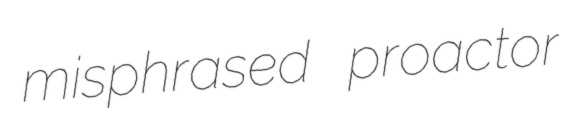
misphrased proactor